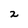
Character: 2